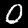
Digit: 0